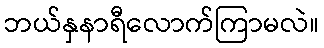
ဘယ်နှနာရီလောက်ကြာမလဲ။